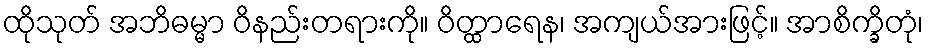
ထိုသုတ် အဘိဓမ္မာ ဝိနည်းတရားကို။ ဝိတ္ထာရေန၊ အကျယ်အားဖြင့်။ အာစိက္ခိတုံ၊